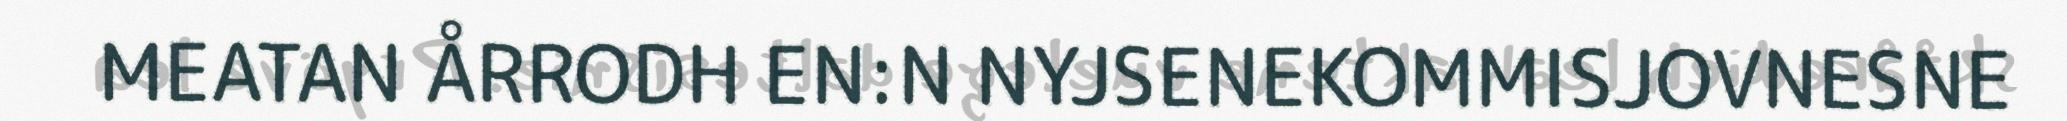
MEATAN ÅRRODH EN:N NYJSENEKOMMISJOVNESNE